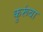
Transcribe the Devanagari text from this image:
कुरूंबा